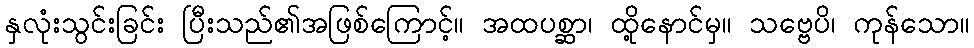
နှလုံးသွင်းခြင်း ပြီးသည်၏အဖြစ်ကြောင့်။ အထပစ္ဆာ၊ ထို့နောင်မှ။ သဗ္ဗေပိ၊ ကုန်သော။